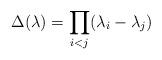
LaTeX: \begin{align*}\Delta(\lambda) = \prod_{i<j} (\lambda_{i}-\lambda_{j})\end{align*}